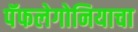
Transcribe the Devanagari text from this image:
पॅफलेगोनियाचा